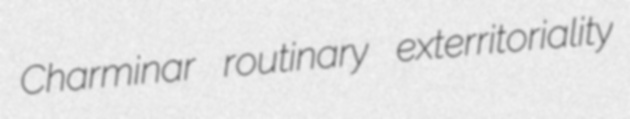
Charminar routinary exterritoriality